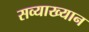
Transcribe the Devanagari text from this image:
सव्याख्यान